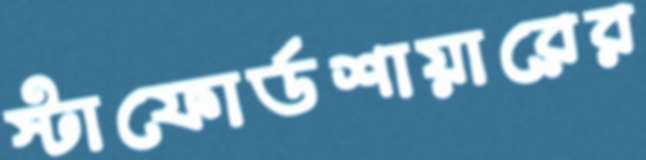
স্টাফোর্ডশায়ারের